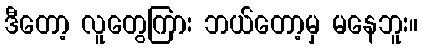
ဒီတော့ လူတွေကြား ဘယ်တော့မှ မနေဘူး။